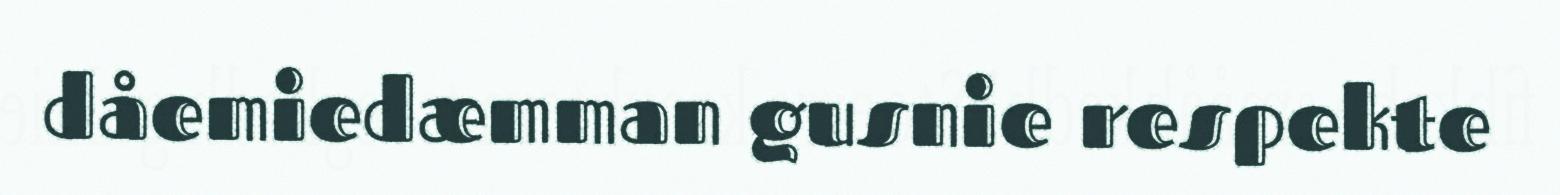
dåemiedæmman gusnie respekte